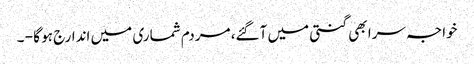
خواجہ سرا بھی گنتی میں آگئے، مردم شماری میں اندارج ہو گا - ۔